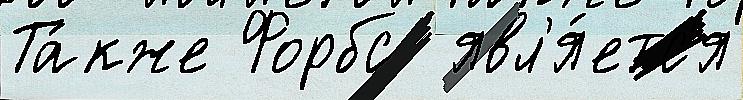
Та́кже Форбс  явл'я́етс'я